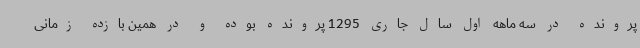
پرونده در سه ماهه اول سال جاری 1295 پرونده بوده و در همین بازده زمانی